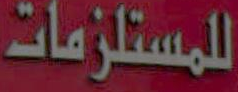
للمستلزمات